Enquiry on enteric fever in India - Number 32
Disease focus: Fever
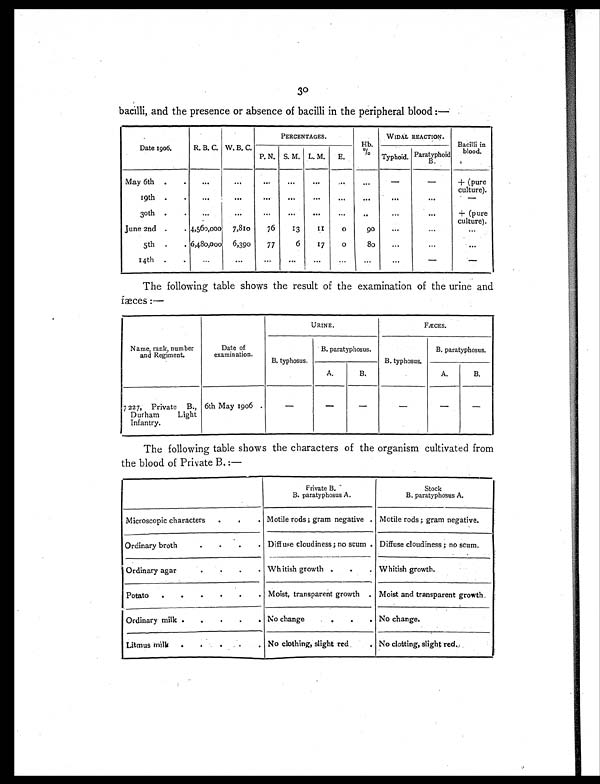
30
bacilli, and the presence or absence of bacilli in the peripheral blood :—
Date 1906.
R. B. C. W. B. C.
PERCENTAGES.
H b . %
WIDAL REACTION.
Bacilli in
blood.
P. N. S. M. L. M. E.
Typhoid. Paratyphoid B.
May 6th .
. ...
. . . . . .
. . .
. . .
. . .
. . .
—
—
+ (pure
culture).
19th .
. ...
...
...
. . .
. . .
. . .
. . .
. . .
. . .
—
30th .
.
...
...
. . .
. . .
...
. . .
..
. . .
. . .
+ (pure
culture).
June 2nd .
. 4,560,000 7,810
76
13
1 1 0
90
. . .
. . .
...
5th .
. 6,480,000 6,390
77
6 17
0
80
. . .
. . .
...
14th .
. ...
. . . . . .
. . .
. . .
...
...
. . .
— —
The following table shows the result of the examination of the urine and
fæces:—
Name, rank, number
and Regiment.
Date of
examination.
URINE.
FÆCES.
B. typhosus.
B. paratyphosus.
B. typhosus.
B. paratyphosus.
A.
B.
A.
B.
7227, Private B.,
Durham Light
Infantry.
6th May 1906
—
—
—
—
— —
The following table shows the characters of the organism cultivated from
the blood of Private B.:—
Private B.
B. paratyphosus A.
Stock
B. paratyphosus A.
Microscopic characters .
. Motile rods; gram negative . Motile rods ; gram negative.
Ordinary broth.
. Diffuse cloudiness; no scum Diffuse cloudiness ; no scum.
Ordinary agar.
.
. Whitish growth .
.
. Whitish growth.
Potato .
.
.
.
.
. Moist, transparent growth . Moist and transparent growth.
Ordinary milk .
.
.
.
. No change
.
.
. No change.
Litmus milk .
.
. No clothing, slight red
. No clotting, slight red.